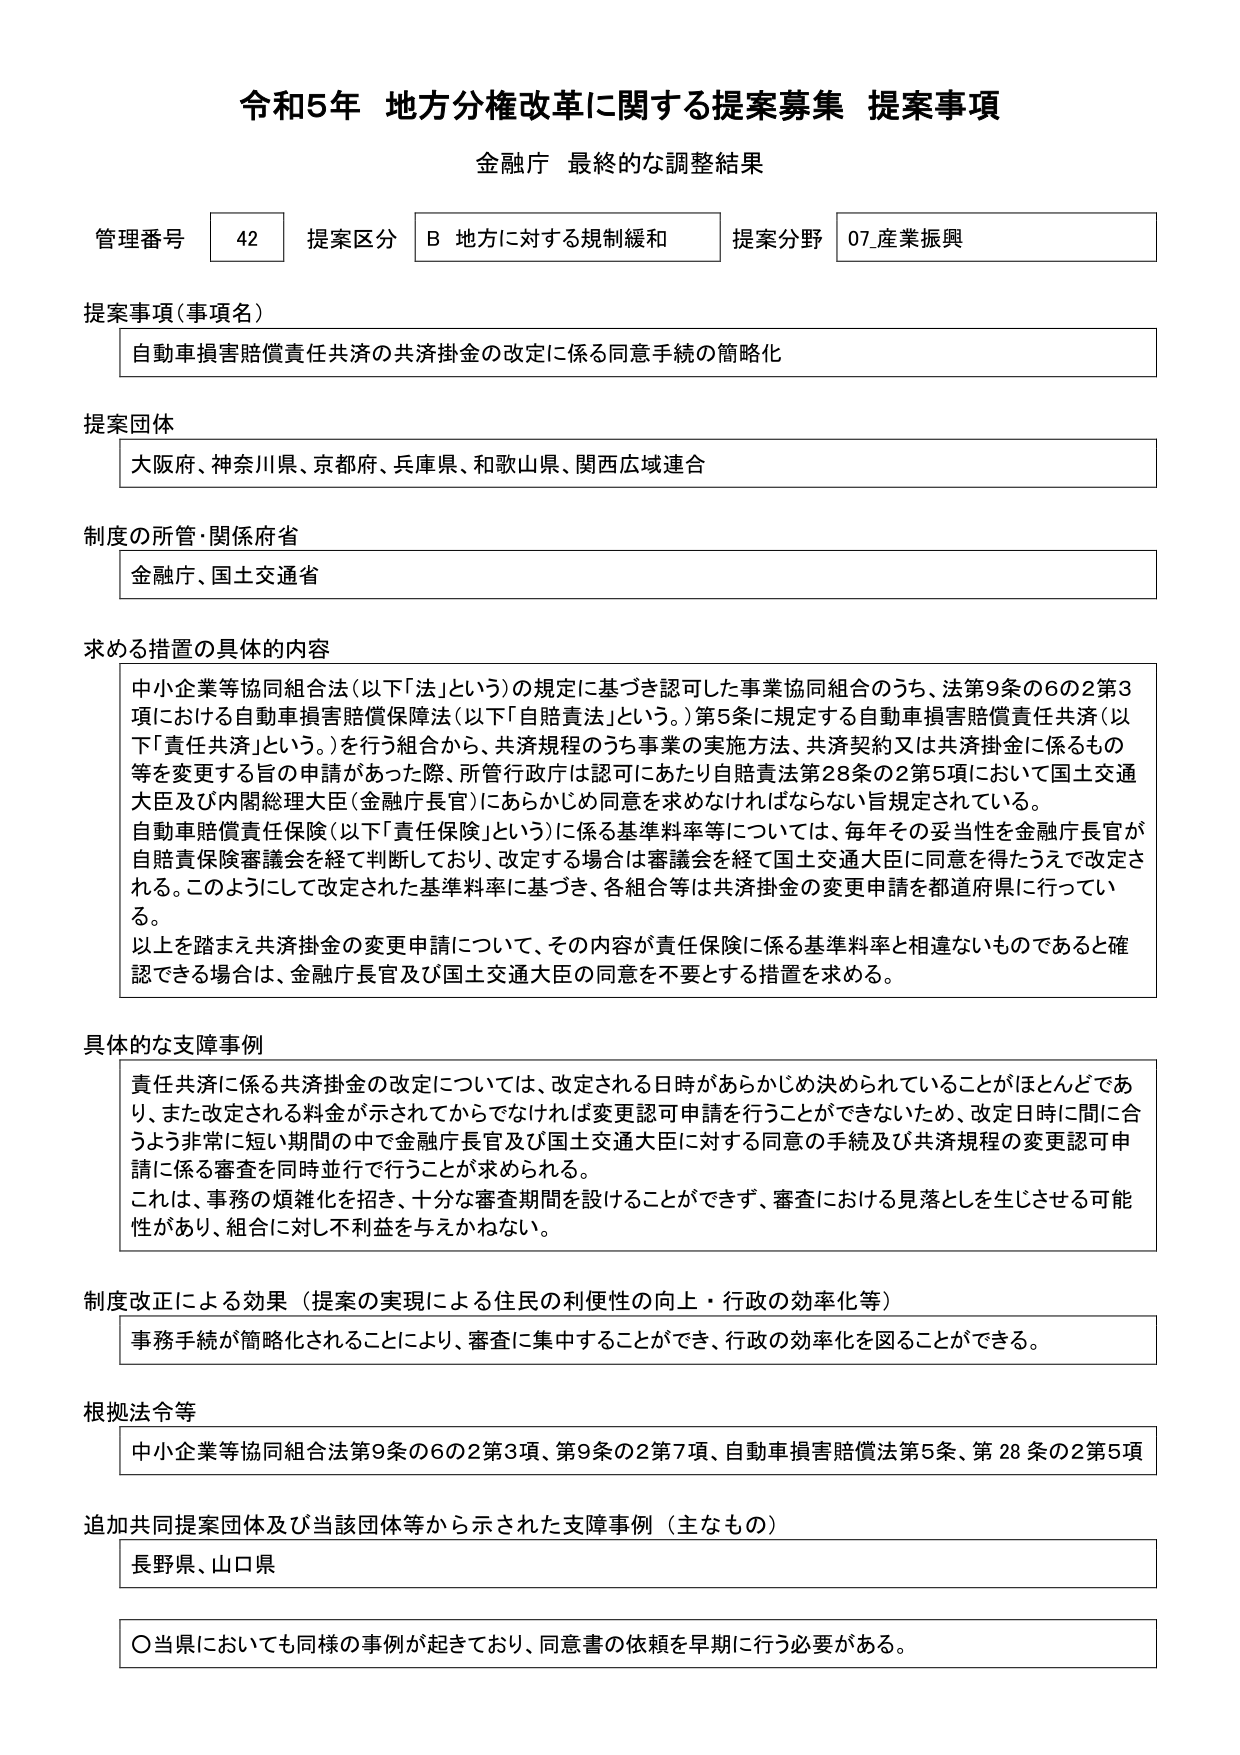
令和5年 地方分権改革に関する提案募集 提案事項
金融庁 最終的な調整結果

管理番号 42 提案区分 B 地方に対する規制緩和 提案分野 07_産業振興

提案事項（事項名）
自動車損害賠償責任共済の共済掛金の改定に係る同意手続の簡略化

提案団体
大阪府、神奈川県、京都府、兵庫県、和歌山県、関西広域連合

制度の所管・関係府省
金融庁、国土交通省

求める措置の具体的内容
中小企業等協同組合法（以下「法」という）の規定に基づき認可した事業協同組合のうち、法第9条の6の2第3項における自動車損害賠償保障法（以下「自賠責法」という。）第5条に規定する自動車損害賠償責任共済（以下「責任共済」という。）を行う組合から、共済規程のうち事業の実施方法、共済契約又は共済掛金に係るもの等を変更する旨の申請があった際、所管行政庁は認可にあたり自賠責法第28条の2第5項において国土交通大臣及び内閣総理大臣（金融庁長官）にあらかじめ同意を求めなければならない旨規定されている。
自動車賠償責任保険（以下「責任保険」という）に係る基準料率等については、毎年その妥当性を金融庁長官が自賠責保険審議会を経て判断しており、改定する場合は審議会を経て国土交通大臣に同意を得たうえで改定される。このようにして改定された基準料率に基づき、各組合等は共済掛金の変更申請を都道府県に行っている。
以上を踏まえ共済掛金の変更申請について、その内容が責任保険に係る基準料率と相違ないものであると確認できる場合は、金融庁長官及び国土交通大臣の同意を不要とする措置を求める。

具体的な支障事例
責任共済に係る共済掛金の改定については、改定される日時があらかじめ決められていることがほとんどであり、また改定される料金が示されてからでなければ変更認可申請を行うことができないため、改定日時に間に合うよう非常に短い期間の中で金融庁長官及び国土交通大臣に対する同意の手続及び共済規程の変更認可申請に係る審査を同時並行で行うことが求められる。
これは、事務の煩雑化を招き、十分な審査期間を設けることができず、審査における見落としを生じさせる可能性があり、組合に対し不利益を与えかねない。

制度改正による効果（提案の実現による住民の利便性の向上・行政の効率化等）
事務手続が簡略化されることにより、審査に集中することができ、行政の効率化を図ることができる。

根拠法令等
中小企業等協同組合法第9条の6の2第3項、第9条の2第7項、自動車損害賠償法第5条、第28条の2第5項

追加共同提案団体及び当該団体等から示された支障事例（主なもの）
長野県、山口県

〇当県においても同様の事例が起きており、同意書の依頼を早期に行う必要がある。